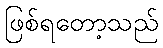
ဖြစ်ရတော့သည်